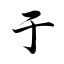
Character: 于